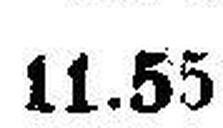
11.55